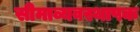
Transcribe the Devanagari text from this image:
सीमाव्यवस्थापक